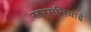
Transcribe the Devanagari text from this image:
जरमनियाई